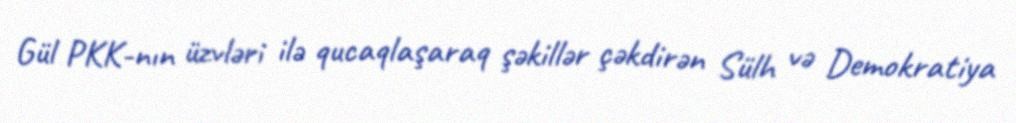
Gül PKK-nın üzvləri ilə qucaqlaşaraq şəkillər çəkdirən Sülh və Demokratiya